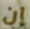
إن